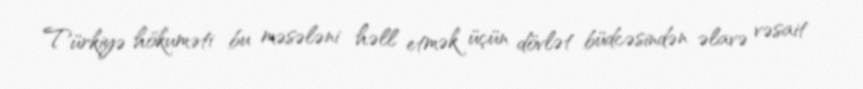
Türkiyə hökuməti bu məsələni həll etmək üçün dövlət büdcəsindən əlavə vəsait